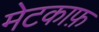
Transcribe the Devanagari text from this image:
मेटकाफ़